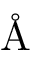
\mathrm { \normalfont \AA }